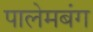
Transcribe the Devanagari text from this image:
पालेमबंग